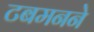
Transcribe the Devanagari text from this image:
टबमनने